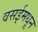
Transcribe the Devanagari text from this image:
वसईमधून